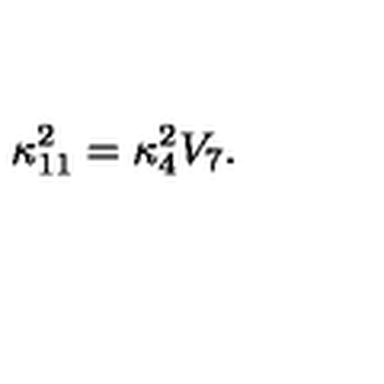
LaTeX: \kappa _ { 1 1 } ^ { 2 } = \kappa _ { 4 } ^ { 2 } V _ { 7 } .